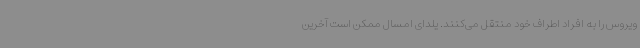
ویروس را به افراد اطراف خود منتقل می‌کنند. یلدای امسال ممکن است آخرین